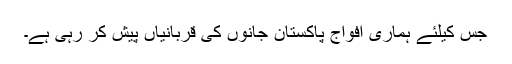
جس کیلئے ہماری افواج پاکستان جانوں کی قربانیاں پیش کر رہی ہے۔